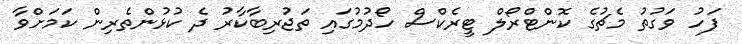
ފަހު ވަގުތު މެޗުގެ ކޮންޓްރޯލް ޓީރެކްސް ހޯދުމުގައި ތަޖުރިބާކާރު ދެ ކުޅުންތެރިން ކަމަށްވާ